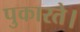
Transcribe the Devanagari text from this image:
पुकारते।